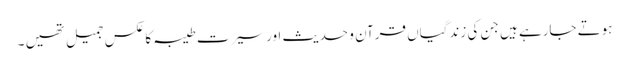
ہوتے جارہے ہیں جن کی زندگیاں قرآن و حدیث اور سیرت طیبہ کا عکس جمیل تھیں ۔